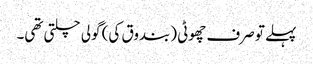
پہلے تو صرف چھوٹی (بندوق کی) گولی چلتی تھی۔